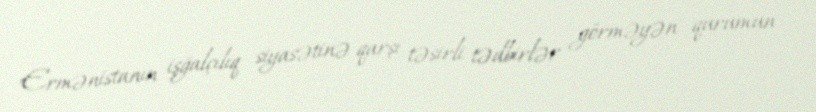
Ermənistanın işğalçılıq siyasətinə qarşı təsirli tədbirlər görməyən qurumun